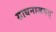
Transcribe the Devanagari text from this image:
साधनाजगत्